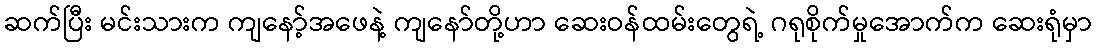
ဆက်ပြီး မင်းသားက ကျနော့်အဖေနဲ့ ကျနော်တို့ဟာ ဆေးဝန်ထမ်းတွေရဲ့ ဂရုစိုက်မှုအောက်က ဆေးရုံမှာ